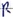
Text: R